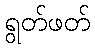
ရွတ်ဖတ်